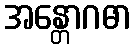
အန္တောဂဓာ